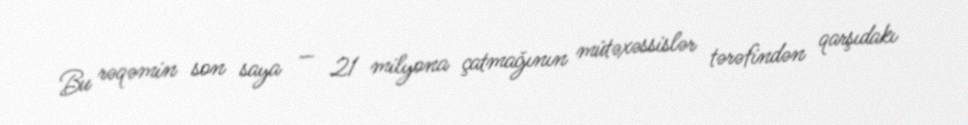
Bu rəqəmin son saya — 21 milyona çatmağının mütəxəssislər tərəfindən qarşıdakı